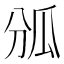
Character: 𤫫